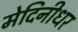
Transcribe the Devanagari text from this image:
मेदिनीधर